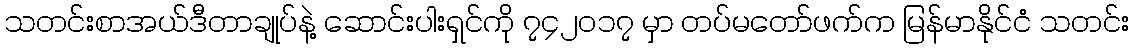
သတင်းစာအယ်ဒီတာချုပ်နဲ့ ဆောင်းပါးရှင်ကို ၇၄၂ဝ၁၇ မှာ တပ်မတော်ဖက်က မြန်မာနိုင်ငံ သတင်း